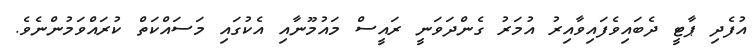
އުފެދި ޕާޓީ ދެބައިވެފައިވާއިރު އުމަރު ގެންދަވަނީ ރައީސް މައުމޫނާއި އެކުގައި މަސައްކަތް ކުރައްވަމުންނެވެ.